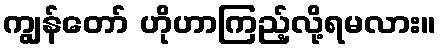
ကျွန်တော် ဟိုဟာကြည့်လို့ရမလား။